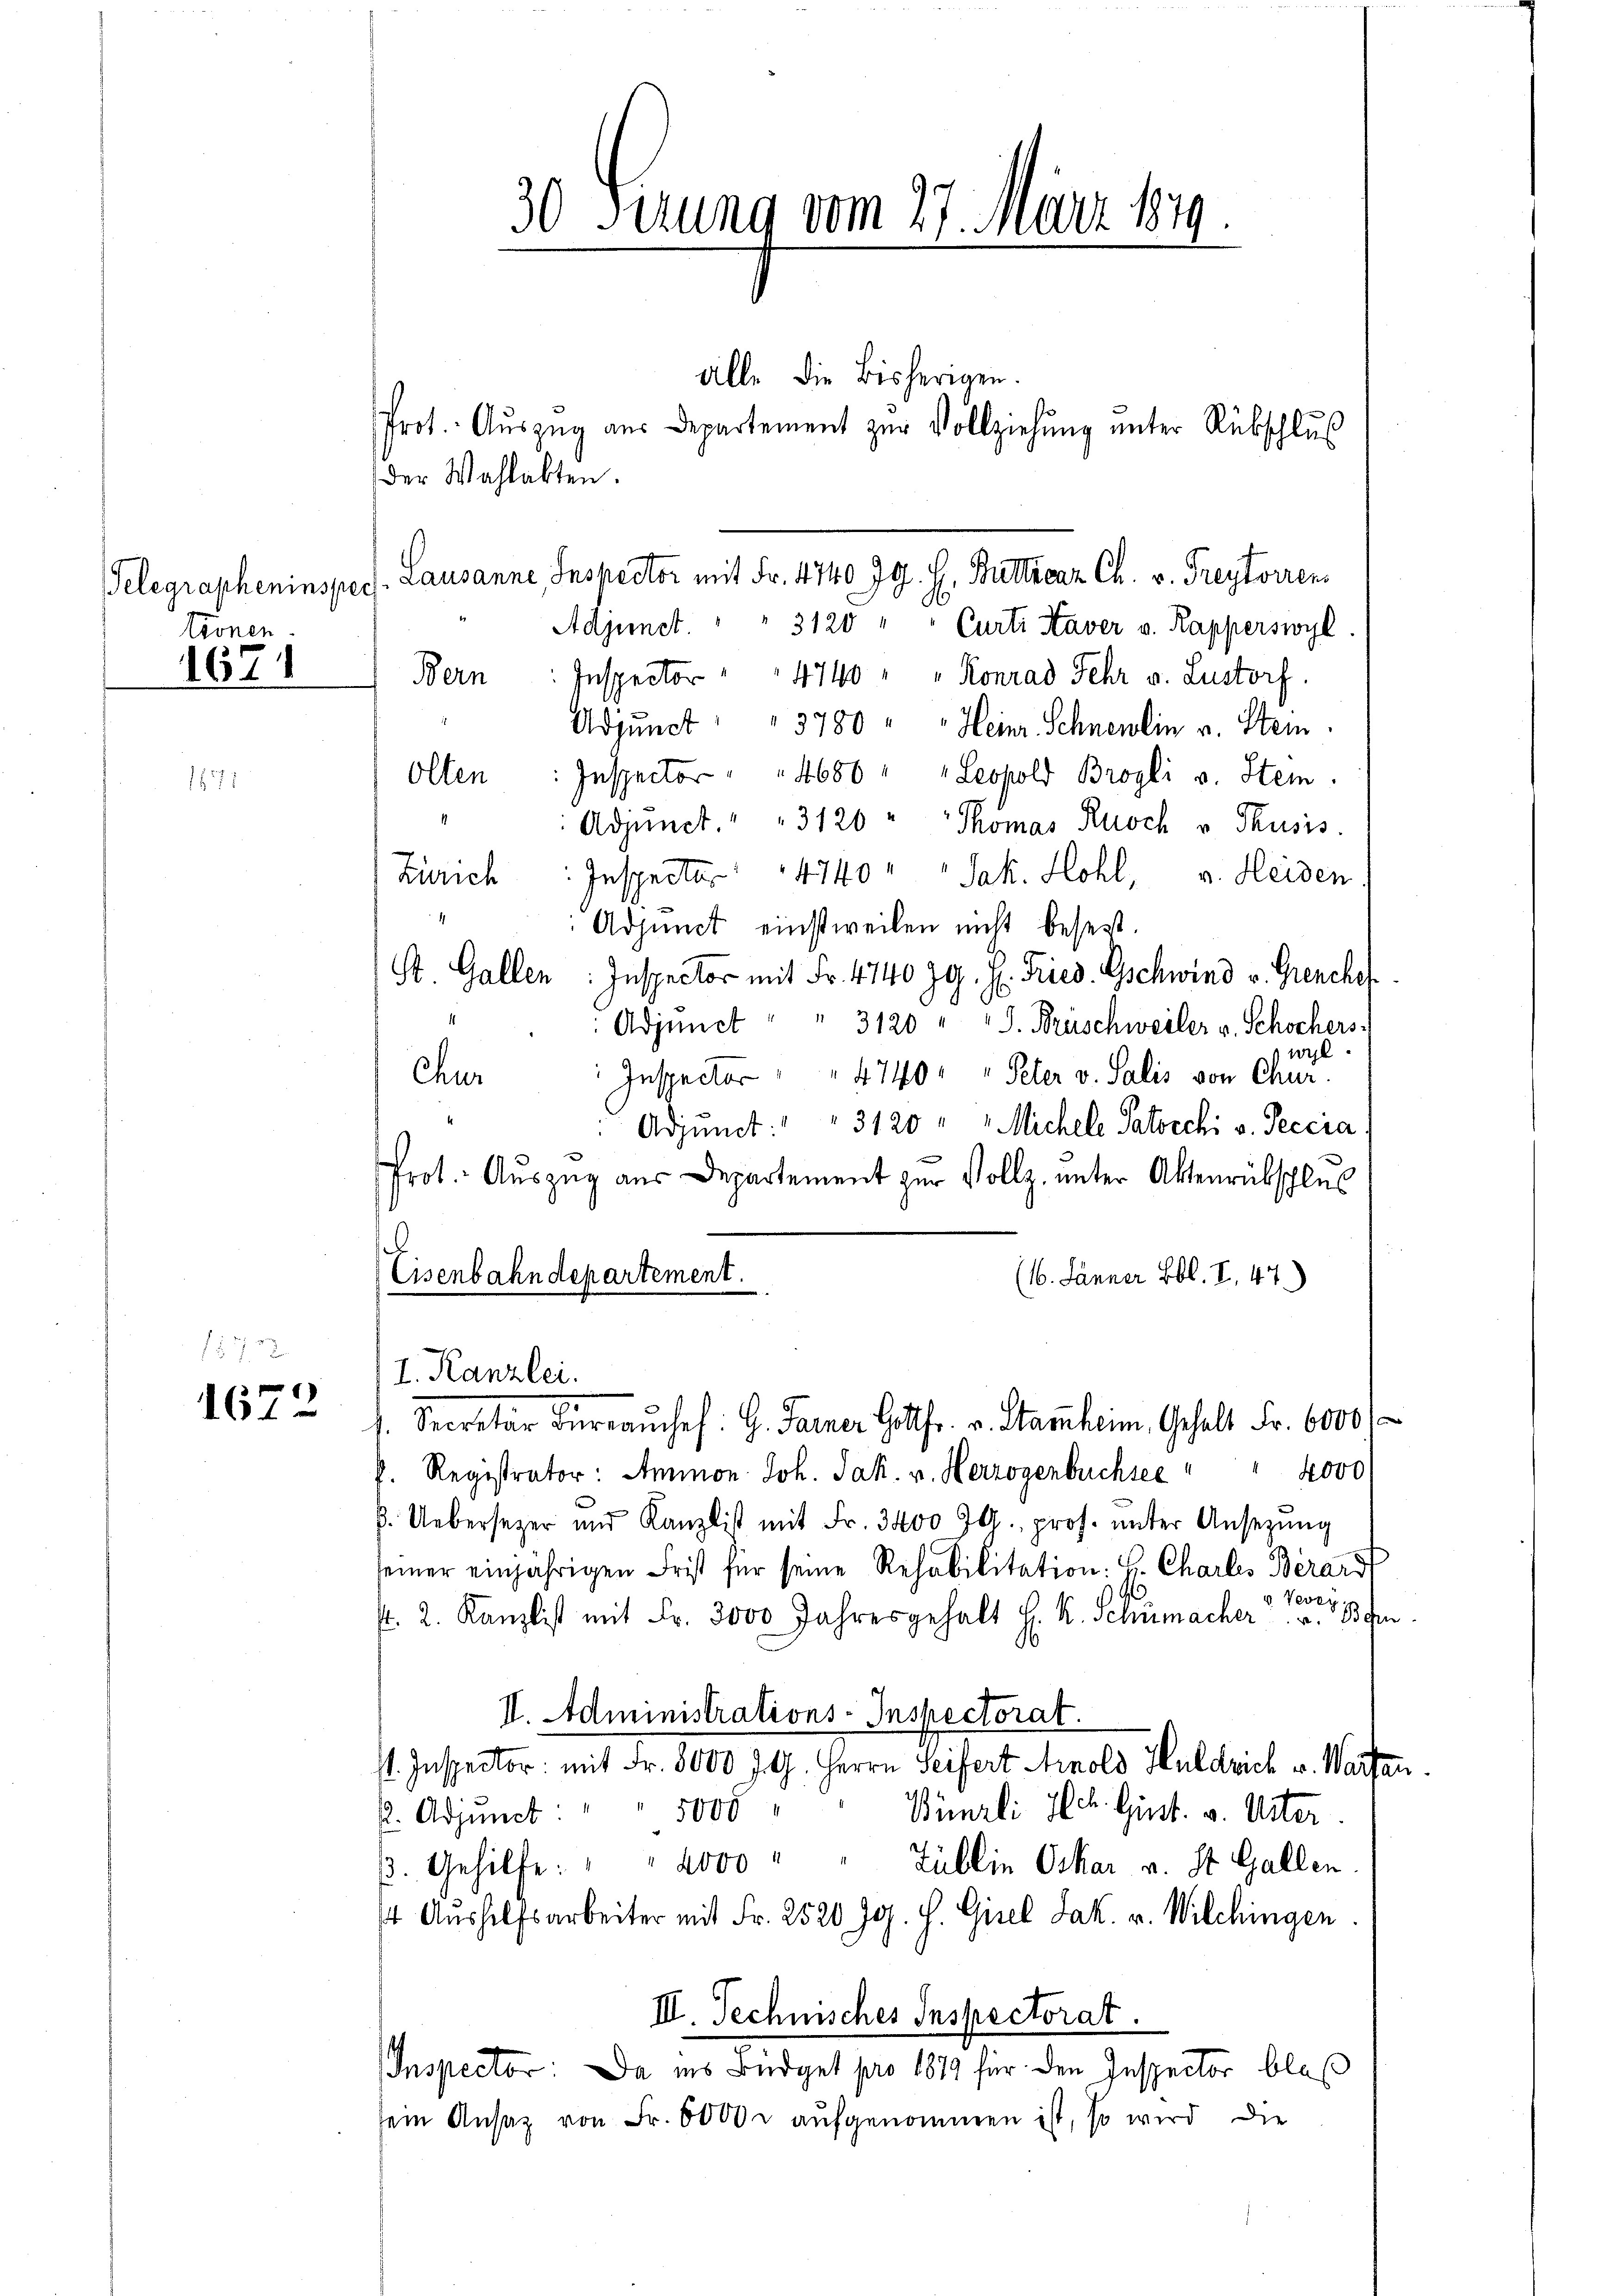
1672

tronen
1671

Der Wahlakten.
Telegrapheninspecs. Lausanne, Inspector mit Fr. 4740 Jg. H. Butticaz Ch. v. Freytorren
A
Adjunct. " " 3120 " " Curti Haver v. Rapperswyl
Inspector " " 4740 " " Konrad Fehr v. Lustorf.
Adjunct " " 3780 " " Heinr. Schnenlin v. Stein.
Inspector 1686 " " Leopold Brogli v. Stein.
Adjunct. " " 3120 "   Thomas Knoch v Thusis.
Inspector 4740 " " Jak. Hohl, u. Heiden
Adjunct einstweilen nicht besest.
St. Gallen: Inspector mit Fr. 4140 Jg. H. Fried. Gschwind v. Grenchof
Adjunct " " 3120 " " J. Brüschweiler v. Schochers-
wyl
Inspector " " 4740 " " Peter v. Salis von Chur.
Chur
Adjunct: " " 3120 " " Michele Patocchi v. Peccia
Prot. Auszug aus Departement zur Vollz. unter Aktenrübschlus
(16. Jänner Lbl. I., 47)
Eisenbahndepartement.
I. Kanzlei.
s. Secretär Büreaŭchef G. Janner Gottfr. v. Stammheim, Gehalt Fr. 6000
4000
h. Registrator: Ammon Joh. Jak. v. Herzogenbuchsee
k. Uebersezer und Kanzlist mit Fr. 3400 l. pros. unter Ansezung
seiner einjährigen Frist für seine Rehabilitation: H. Charlis Berarzt
96
v Vever
s. 2. Kanzlist mit Fr. 3000 Jahresgehalt H. R. Schumacher u. Ban
II. Administrations-Inspectorat.
st. Inspector: mit Fr. 8000 J. G. Herrn Seifert Arnold Huldrich v. Warten.
Bünzli Hch. Gint. v. Uster
. Adjunct " " 1000
Züllin Oskar a. St. Gallen
3. Gehilfe: " " 2000
s Aushilfsarbeiter mit Fr. 2520 J. H. Gisel Jak. v. Wilchingen.
III. Technisches Inspectorat.
Inspector: Da ins Büdget pro 1879 für den Inspector bloß
sein Ansaz von Fr. 6000 r aufgenommen ist, so wird die

Bern
Olten
Zürich

30 Setzung vom 27. März 1879

alle die Bisherigen.
Prot. Aŭszŭg aŭs Departement zŭr Vollziehŭng ŭnter Rübschlŭβ